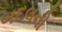
બદલની